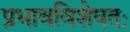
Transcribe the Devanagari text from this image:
प्रभावविशेषतः